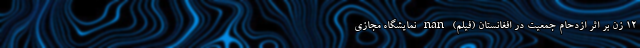
۱۲ زن بر اثر ازدحام جمعیت در افغانستان (فیلم) nan نمایشگاه مجازی